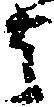
去